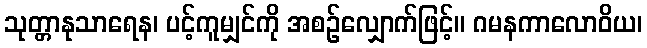
သုတ္တာနုသာရေန၊ ပင့်ကူမျှင်ကို အစဉ်လျှောက်ဖြင့်။ ဂမနကာလောဝိယ၊